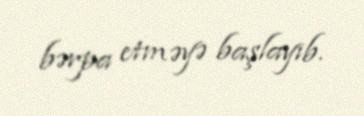
bərpa etməyə başlayıb.